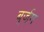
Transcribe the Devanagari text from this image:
बुर्जूग